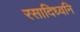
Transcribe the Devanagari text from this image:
रसादिध्वनि